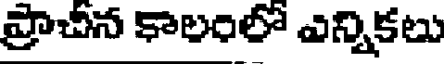
ప్రాచీన కాలంలో ఎన్నికలు